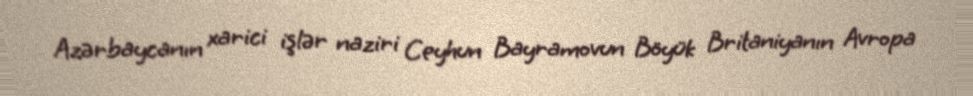
Azərbaycanın xarici işlər naziri Ceyhun Bayramovun Böyük Britaniyanın Avropa